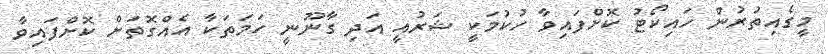
މީގެއިތުރުން ހައިކޯޓު ކޮށްފައިވާ ހުކުމަކީ ޝަރުއީ އަދި ގާނޫނީ ހަމަތަކާ އެއްގޮތަށް ކޮށްފައިވާ